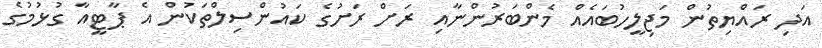
އަދި ރައްޔިތުން މަޖިލީހުބައެއް މެންބަރުންނާއި ރަށް ރަށުގެ ކައުންސިލްތަކުން އެ ޕާޓީއާ ގުޅުމުގެ